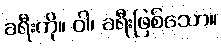
ခရီးကို။ ဝါ၊ ခရီးဖြစ်သော။